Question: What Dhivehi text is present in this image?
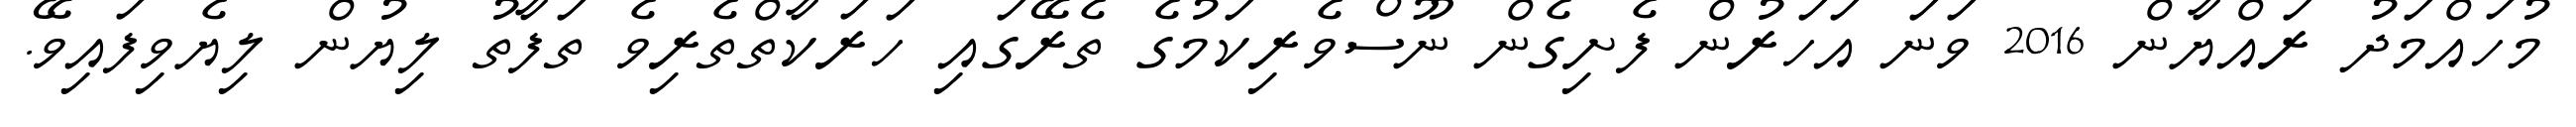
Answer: މުހައްމަދު ރައްޔާން 2016 ވަނަ އަހަރުން ފެށިގެން ނޫސްވެރިކަމުގެ ތެރޭގައި ހަރަކާތްތެރިވެ ތަފާތު ލިޔުން ލިޔެވިފައިވޭ.